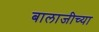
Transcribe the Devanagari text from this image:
बालाजीच्या